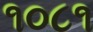
૧૦૮૧